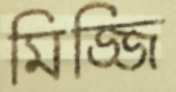
মিজ্জি